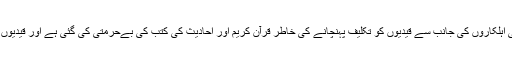
اصل مسئلہ قرآن کریم کی وجہ سے سامنے آیا، کابل انتظامیہ کے سیکورٹی اہلکاروں کی جانب سے قیدیوں کو تکلیف پہنچانے کی خاطر قرآن کریم اور احادیث کی کتب کی بےحرمتی کی گئی ہے اور قیدیوں کو احتجاج کرنے پر مجبور کردیا گیا اور بعد میں اس وحشت کو انجام دیا۔